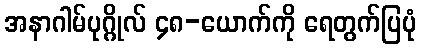
အနာဂါမ်ပုဂ္ဂိုလ် ၄၈-ယောက်ကို ရေတွက်ပြပုံ